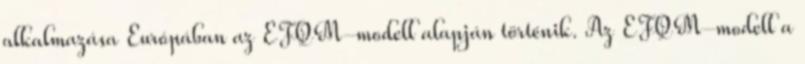
alkalmazása Európában az EFQM-modell alapján történik. Az EFQM-modell a